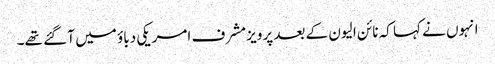
انہوں نے کہا کہ نائن الیون کے بعد پرویز مشرف امریکی دباؤ میں آ گئے تھے۔